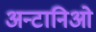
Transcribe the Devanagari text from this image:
अन्टानिओ